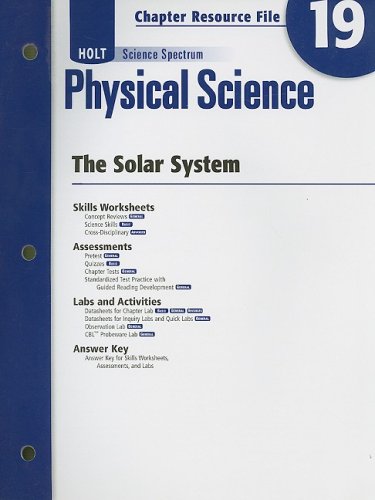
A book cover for Holt Science Spectrum Physical Science Chapter 19 Resource File: The Solar System; Science & Math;